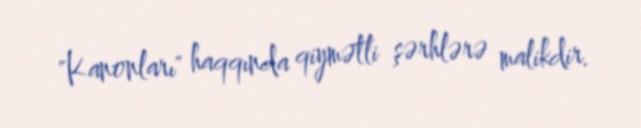
"Kanonları" haqqında qiymətli şərhlərə malikdir.